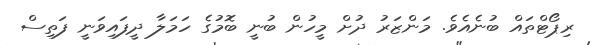
ރިޕޯޓްތައް ބުނެއެވެ. މަންޒަރު ދުށް މީހުން ބުނީ ބޮމުގެ ހަމަލާ ދީފައިވަނީ ފަތިސް